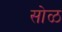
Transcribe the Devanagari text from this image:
सोळ